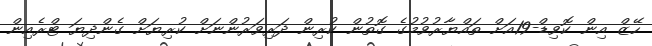
ހޭޒް އިން ކޮވިޑް-19އަށް ތައްޔާރުވުމުގެ ގޮތުން ކުރިން ދަރިވަރުންނަށް ކުރިޔަށް ގެންދިޔަ ޓްރެއިން